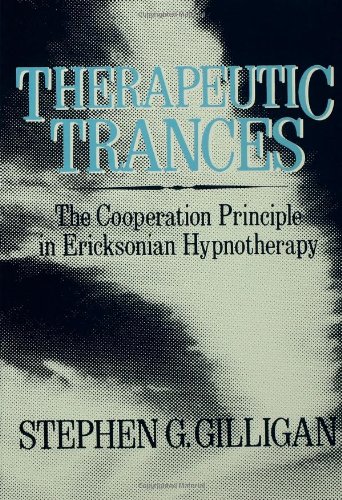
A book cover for Therapeutic Trances: The Co-Operation Principle In Ericksonian Hypnotherapy; Stephen G. Gilligan; Health, Fitness & Dieting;